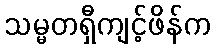
သမ္မတရှီကျင့်ဖိန်က